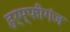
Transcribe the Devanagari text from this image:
हर्म्फीगंज